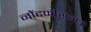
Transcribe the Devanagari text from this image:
नोंदणीसंबंधी